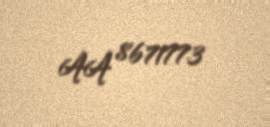
AA 8671773